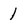
Character: 1